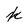
Character: k